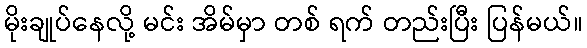
မိုးချုပ်နေလို့ မင်း အိမ်မှာ တစ် ရက် တည်းပြီး ပြန်မယ်။